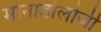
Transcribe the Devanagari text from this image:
मोनाडोलोजी